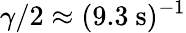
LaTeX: \gamma/2\approx(9.3~\mathrm{s})^{-1}